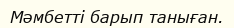
Мәмбетті барып таныған.